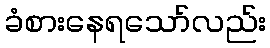
ခံစားနေရသော်လည်း